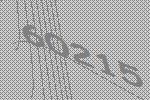
60215